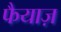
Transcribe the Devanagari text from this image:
फैयाज़